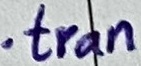
Text: .tran